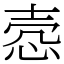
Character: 悫